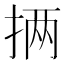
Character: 𪭵